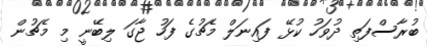
ބުރާސްފަތި ދުވަހު ކުޅޭ ފައިނަލް މެޗުގެ ފަހު ޖާގަ ލިބޭނީ މި މެޗުން